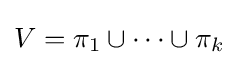
V=\pi _{1}\cup \dots \cup \pi _{k}